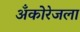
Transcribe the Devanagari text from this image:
अँकोरेजला